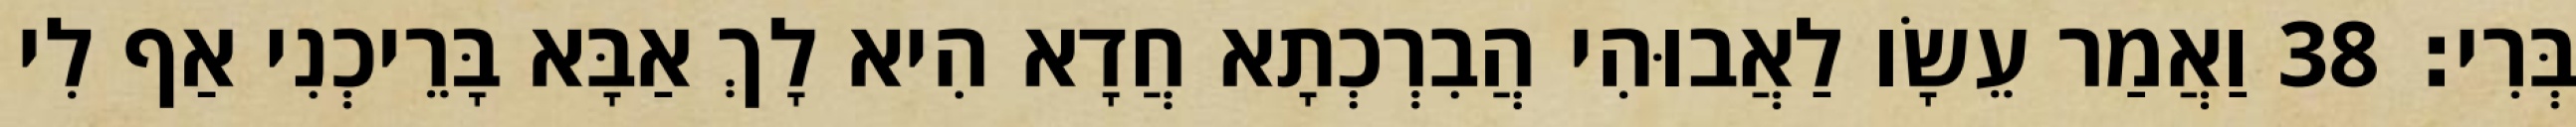
בְּרִי׃ 38 וַאֲמַר עֵשָׂו לַאֲבוּהִי הֲבִרְכְתָא חֲדָא הִיא לָךְ אַבָּא בָּרֵיכְנִי אַף לִי